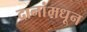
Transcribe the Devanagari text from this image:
दानांमधून